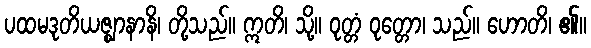
ပထမဒုတိယဇ္ဈာနာနိ၊ တို့သည်။ ဣတိ၊ သို့။ ဝုတ္တံ ဝုတ္တော၊ သည်။ ဟောတိ၊ ၏။